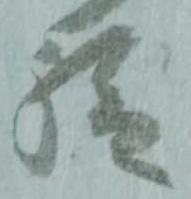
給